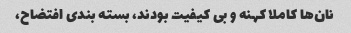
نان‌ها کاملا کهنه و بی کیفیت بودند، بسته بندی افتضاح،